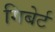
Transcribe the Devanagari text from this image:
गिबेर्ट